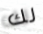
لك